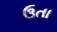
ઉતા